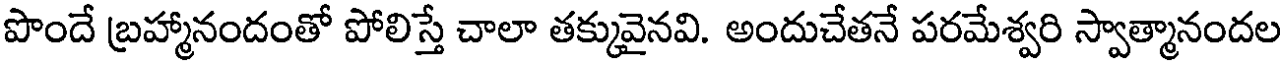
పొందే బ్రహ్మానందంతో పోలిస్తే చాలా తక్కువైనవి. అందుచేతనే పరమేశ్వరి స్వాత్మానందల